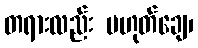
တရားလည်း မဟုတ်ချေ၊